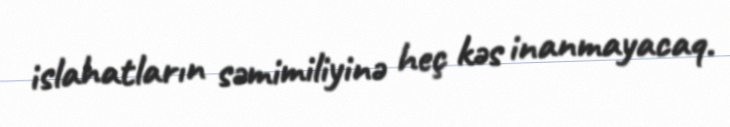
islahatların səmimiliyinə heç kəs inanmayacaq.